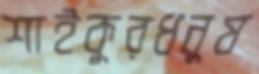
শাইকুরধনুষ